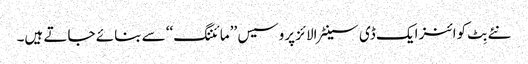
نئے بِٹ کوائنز ایک ڈی سینٹرالائز پروسیس ’’مائننگ‘‘ سے بنائے جاتے ہیں۔